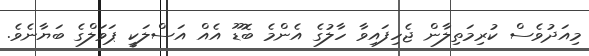
މިއަދުވެސް ކުރިމަތިލާން ޖެހިފައިވާ ހާލުގެ އެންމެ ބޮޑޫ އެއް އަސްލަކީ ޕަވަލްގެ ބަޔާނެވެ.